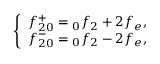
\left\{ \begin{array} { c } { f _ { 2 0 } ^ { + } = \phantom { } _ { 0 } f _ { 2 } + 2 f _ { e } , } \\ { f _ { 2 0 } ^ { - } = \phantom { } _ { 0 } f _ { 2 } - 2 f _ { e } , } \end{array} \right.